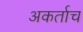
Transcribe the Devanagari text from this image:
अकर्ताच